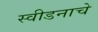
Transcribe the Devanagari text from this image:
स्वीडनाचे